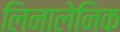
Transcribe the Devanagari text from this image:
लिनालेनिक